Veterinary regulations India, 1939 -
Year: 1939
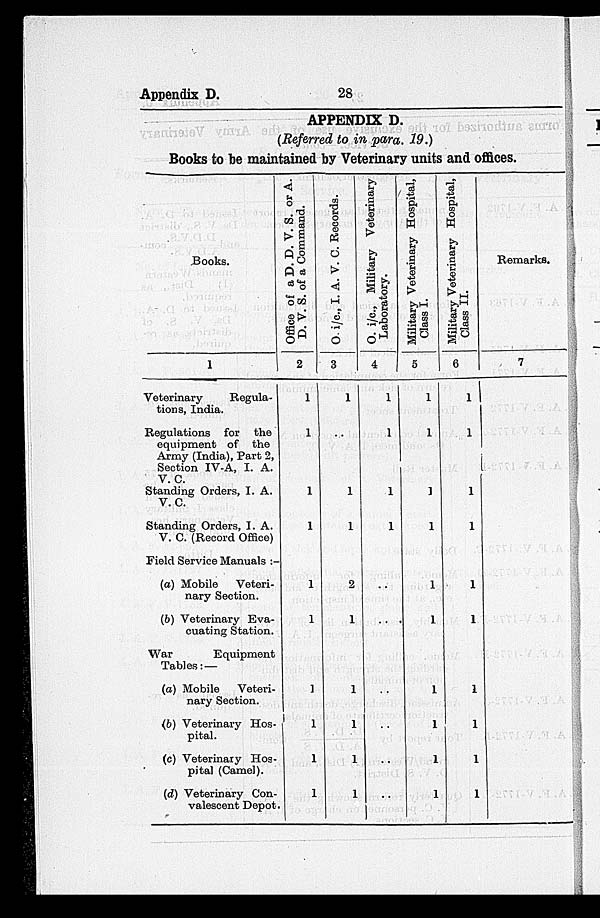
Appendix D.
28
APPENDIX D.
(Referred to in para. 19.)
Books to be maintained by Veterinary units and offices.
Books.
1
Veterinary
Regula-
tions, India.
Regulations for the
equipment of the
Army (India), Part 2,
Section IV-A, I. A.
V. C.
Standing Orders, I. A.
V. C.
Standing Orders, I. A.
V. C. (Record Office)
Field Service Manuals :-
(a) Mobile
Veteri-
nary Section.
(b) Veterinary Eva-
cuating Station.
War
Equipment
Tables: —
(a) Mobile
Veteri-
nary Section.
(b) Veterinary Hos-
pital.
(c) Veterinary Hos-
pital (Camel).
(d) Veterinary Con-
valescent Depot
Office of a D. D. V. S. or A.
D. V. S. of a Command.
2
1
1
1
1
1
1
1
1
1
1
O.
i/c.,
I. A. V. C. Records.
3
1
..
1
1
2
1
1
1
1
1
O.
i/c.,
Military Veterinary
Laboratory.
4
1
1
1
1
..
..
..
..
..
..
Military Veterinary Hospital,
Class I.
5
1
1
1
1
1
1
1
1
1
1
Military Veterinary Hospital,
Class II.
6
1
1
1
1
1
1
1
1
1
1
Remarks.
7